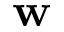
{ \bf w }